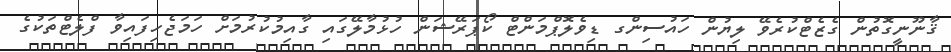
ޤާނޫނީގޮތުން ގެޒެޓްކުރެވޭ ލިޔުން ހައުސިންގ ޑިވެލޮޕްމަންޓް ކޯޕަރޭޝަން ހުޅުމާލޭގައި ގާއިމުކުރުމަށް ހަމަޖެހިފައިވާ ފްލެޓްތަކުގެ